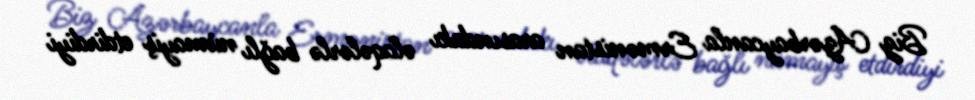
Biz Azərbaycanla Ermənistan arasındakı əlaqələrlə bağlı nümayiş etdirdiyi